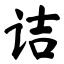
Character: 诘